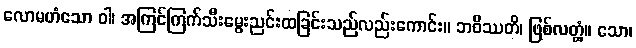
လောမဟံသော ဝါ၊ အကြင်ကြက်သီးမွေးညင်းထခြင်းသည်လည်းကောင်း။ ဘဝိဿတိ၊ ဖြစ်လတ္တံ့။ သော၊